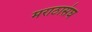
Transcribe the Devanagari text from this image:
मराठासंघ